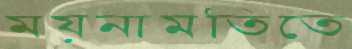
ময়নামতিতে